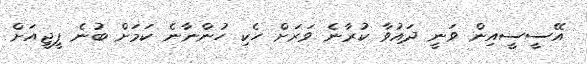
އޭސީސީއިން ވަނީ ދައުވާ ކުރާނެ ވަރަށް ހެކި ހުންނާނެ ކަމަށް ބުނެ ޕީޖީއަށް